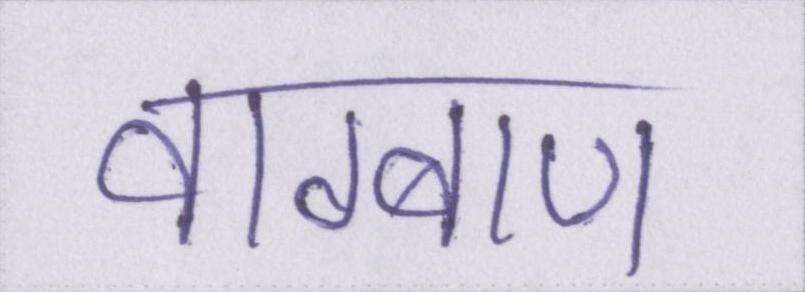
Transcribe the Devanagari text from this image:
वाग्बाण